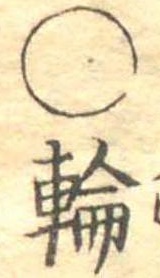
○輪